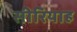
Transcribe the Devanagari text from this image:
सीरियाह